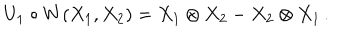
LaTeX: U _ { 1 } \circ W ( X _ { 1 } , X _ { 2 } ) = X _ { 1 } \otimes X _ { 2 } - X _ { 2 } \otimes X _ { 1 } \, .